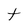
Character: t